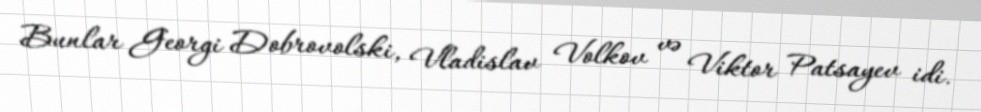
Bunlar Georgi Dobrovolski, Vladislav Volkov və Viktor Patsayev idi.